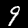
Digit: 9